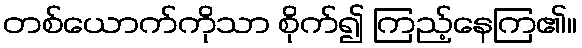
တစ်ယောက်ကိုသာ စိုက်၍ ကြည့်နေကြ၏။